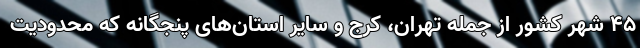
۴۵ شهر کشور از جمله تهران، کرج و سایر استان‌های پنجگانه که محدودیت